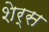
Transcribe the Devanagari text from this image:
शेर्स